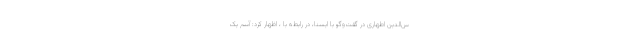
س‌الدین اطهاری در گفت‌وگو با ایسنا، در رابطه با ، اظهار کرد: آسم یک